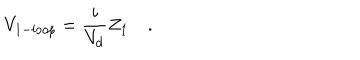
V _ { 1 - l o o p } = \frac { i } { V _ { d } } Z _ { 1 } \quad .